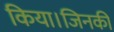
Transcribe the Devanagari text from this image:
किया।जिनकी